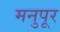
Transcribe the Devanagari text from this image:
मनुपूर